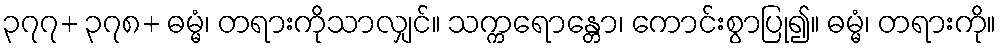
၃၇၇+ ၃၇၈+ ဓမ္မံ၊ တရားကိုသာလျှင်။ သက္ကရောန္တော၊ ကောင်းစွာပြု၍။ ဓမ္မံ၊ တရားကို။